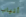
أنياب